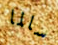
سالما